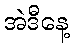
အဲဒီနေ့